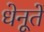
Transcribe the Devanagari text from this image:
धेनूतें